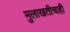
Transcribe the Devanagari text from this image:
मुलाखतीचाही